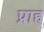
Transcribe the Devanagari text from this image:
प्नाह